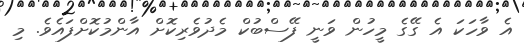
އެ ވާހަކަ އެ ގޭގެ މީހުން ވަނީ ފޭސްބުކް މެދުވެރިކޮށް އާންމުކޮށްފައެވެ. މި